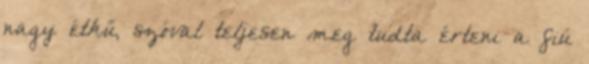
nagy étkű, szóval teljesen meg tudta érteni a fiú